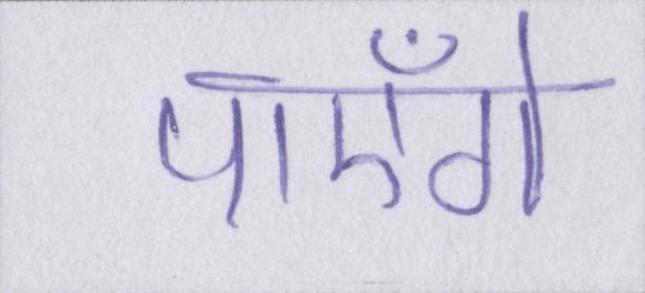
पाएँगे